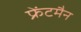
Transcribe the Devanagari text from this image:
फ्रेंटमैन